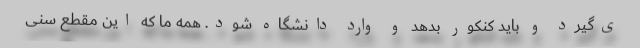
ی‌گیرد و باید کنکور بدهد و وارد دانشگاه شود. همه ما که این مقطع سنی